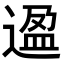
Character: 𬨸